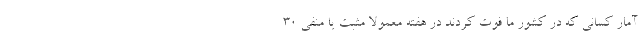
آمار کسانی که در کشور ما فوت کردند در هفته معمولاً مثبت یا منفی 30